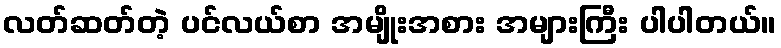
လတ်ဆတ်တဲ့ ပင်လယ်စာ အမျိုးအစား အများကြီး ပါပါတယ်။